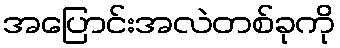
အပြောင်းအလဲတစ်ခုကို